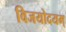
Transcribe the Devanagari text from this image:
विजयोदयम्